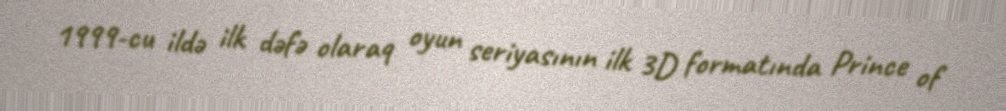
1999-cu ildə ilk dəfə olaraq oyun seriyasının ilk 3D formatında Prince of